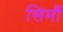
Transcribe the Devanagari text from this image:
सिमौं